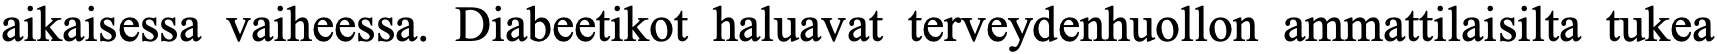
aikaisessa vaiheessa. Diabeetikot haluavat terveydenhuollon ammattilaisilta tukea